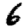
Digit: 6